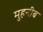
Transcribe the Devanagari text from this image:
मुहनीब